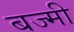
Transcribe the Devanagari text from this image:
बज्मी